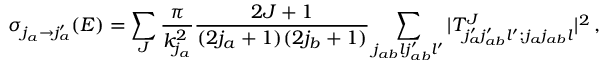
\sigma _ { j _ { a } \rightarrow j _ { a } ^ { \prime } } ( E ) = \sum _ { J } \frac { \pi } { k _ { j _ { a } } ^ { 2 } } \frac { 2 J + 1 } { ( 2 j _ { a } + 1 ) ( 2 j _ { b } + 1 ) } \sum _ { j _ { a b } l j _ { a b } ^ { \prime } l ^ { \prime } } | T _ { j _ { a } ^ { \prime } j _ { a b } ^ { \prime } l ^ { \prime } ; j _ { a } j _ { a b } l } ^ { J } | ^ { 2 } \, ,